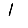
Digit: 1